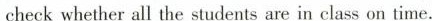
check whether all the students are in class on time.